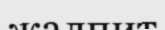
жалпит